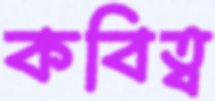
কবিত্ব